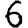
Digit: 6